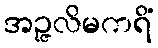
အဉ္ဇလိမကရိံ